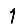
Digit: 1